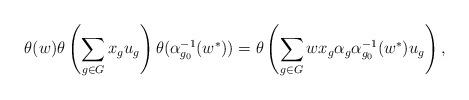
LaTeX: \begin{align*} \theta(w) \theta\left( \sum_{g\in G} x_g u_g \right) \theta( \alpha_{g_0}^{-1}(w^*)) = \theta \left(\sum_{g \in G} w x_g \alpha_{g}\alpha_{g_0}^{-1}(w^*) u_g\right), \end{align*}